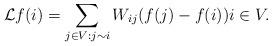
LaTeX: \begin{align*}\mathcal{L}f(i)=\sum_{j\in V: j\sim i} W_{ij}(f(j)-f(i))i\in V.\end{align*}